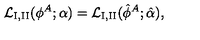
{ \cal L } _ { \mathrm { I , I I } } ( \phi ^ { A } ; \alpha ) = { \cal L } _ { \mathrm { I , I I } } ( \hat { \phi } ^ { A } ; \hat { \alpha } ) ,